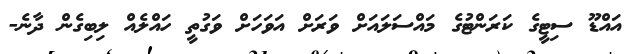
އައްޑޫ ސިޓީގެ ކަރަންޓުގެ މައްސަލައަށް ވަރަށް އަވަހަށް ވަގުތީ ހައްލެއް ލިބިގެން ދާނެ-